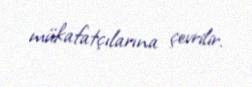
mükafatçılarına çevrilir.